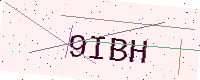
Text: 9IBH